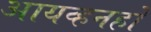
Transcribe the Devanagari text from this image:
आयव्हनहो